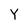
Character: Y